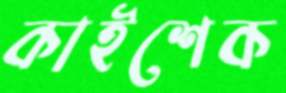
কাইশেক